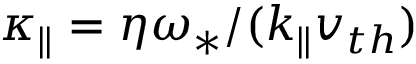
\kappa _ { \| } = \eta \omega _ { \ast } / ( k _ { \| } v _ { t h } )